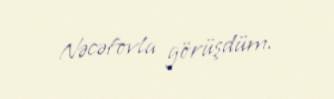
Nəcəfovla görüşdüm.